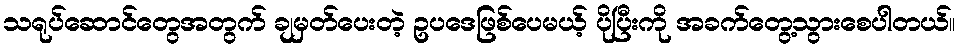
သရုပ်ဆောင်တွေအတွက် ချမှတ်ပေးတဲ့ ဥပဒေဖြစ်ပေမယ့် ပိုပြီးကို အခက်တွေ့သွားစေပါတယ်။